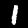
Digit: 1